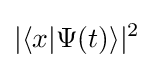
|\langle x|\Psi (t)\rangle |^{2}